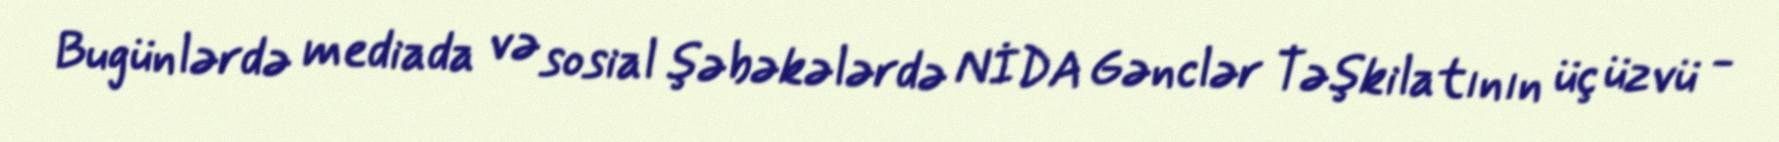
Bugünlərdə mediada və sosial şəbəkələrdə NİDA Gənclər Təşkilatının üç üzvü -